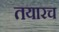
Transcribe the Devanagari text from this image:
तयारच